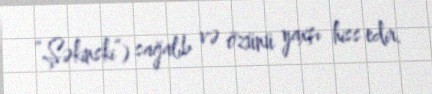
“Şəkinski”) sağalıb və özünü yaxşı hiss edir.